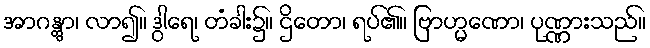
အာဂန္တွာ၊ လာ၍။ ဒွါရေ၊ တံခါး၌။ ဌိတော၊ ရပ်၏။ ဗြာဟ္မဏော၊ ပုဏ္ဏားသည်။